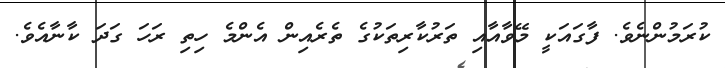
ކުރަމުންނެވެ. ފާގައަކީ މޭވާއާއި ތަރުކާރިތަކުގެ ތެރެއިން އެންމެ ހިތި ރަހަ ގަދަ ކާނާއެވެ.